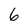
Character: 6